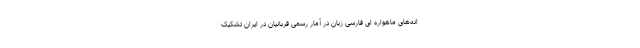
انه‌های ماهواره ای فارسی زبان در آمار رسمی قربانیان در ایران تشکیک